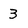
Character: 3